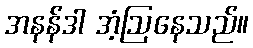
အနန်ဒါ အံ့ဩနေသည်။